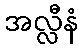
အလ္လီနံ